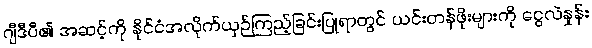
ဂျီဒီပီ၏ အဆင့်ကို နိုင်ငံအလိုက်ယှဉ်ကြည့်ခြင်းပြုရာတွင် ယင်းတန်ဖိုးများကို ငွေလဲနှုန်း